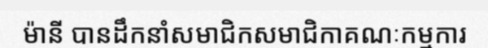
ម៉ានី បានដឹកនាំសមាជិកសមាជិកាគណៈកម្មការ